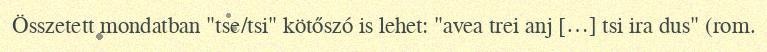
Összetett mondatban "tse/tsi" kötőszó is lehet: "avea trei anj […] tsi ira dus" (rom.